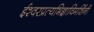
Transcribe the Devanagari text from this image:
ईश्वरप्रत्यभिज्ञाविमर्शिनी